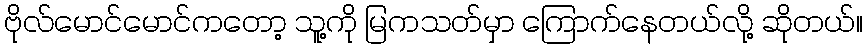
ဗိုလ်မောင်မောင်ကတော့ သူ့ကို မြကသတ်မှာ ကြောက်နေတယ်လို့ ဆိုတယ်။